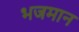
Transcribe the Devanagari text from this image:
भजमान